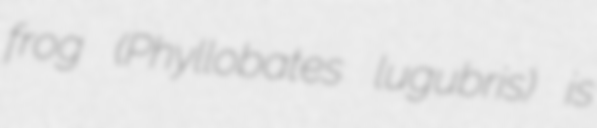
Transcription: frog (Phyllobates lugubris) is